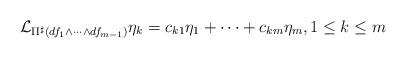
LaTeX: \begin{align*} \mathcal{L}_{\Pi^{\sharp}(df_1 \wedge \cdots \wedge df_{m-1})} \eta_k = c_{k1}\eta_1 + \cdots + c_{km} \eta_m , 1 \leq k \leq m\end{align*}